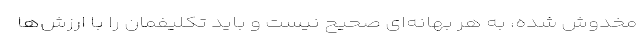
مخدوش شده، به هر بهانه‌ای صحیح نیست و باید تکلیفمان را با ارزش‌ها